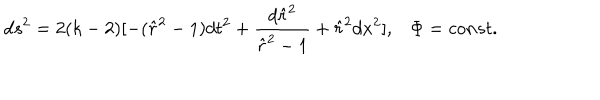
d s ^ { 2 } = 2 ( k - 2 ) [ - ( \hat { r } ^ { 2 } - 1 ) d t ^ { 2 } + \frac { d \hat { r } ^ { 2 } } { \hat { r } ^ { 2 } - 1 } + \hat { r } ^ { 2 } d x ^ { 2 } ] , \Phi = c o n s t .